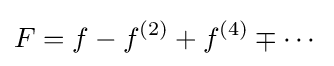
F=f-f^{(2)}+f^{(4)}\mp \cdots